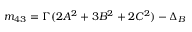
m _ { 4 3 } = \Gamma ( 2 A ^ { 2 } + 3 B ^ { 2 } + 2 C ^ { 2 } ) - \Delta _ { B }